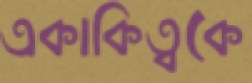
একাকিত্বকে